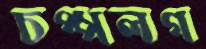
চপ্পলগ